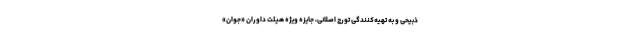
ذبیحی و به تهیه‌کنندگی تورج اصلانی، جایزه ویژه هیئت داوران «جوان»